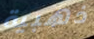
ذهبية